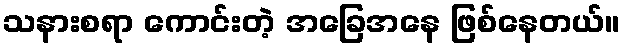
သနားစရာ ကောင်းတဲ့ အခြေအနေ ဖြစ်နေတယ်။